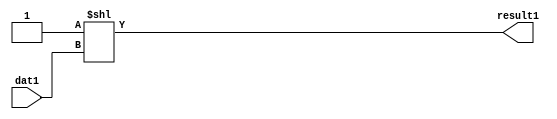
`timescale 1ns / 1ps
//////////////////////////////////////////////////////////////////////////////////
// Company: 
// Engineer: 
// 
// Design Name: 
// Module Name: Binary_to_onehot
// Project Name: 
// Target Devices: 
// Tool Versions: 
// Description: 
// 
// Dependencies: 
// 
// Revision:
// Revision 0.01 - File Created
// Additional Comments:
// 
//////////////////////////////////////////////////////////////////////////////////


module Binary_to_onehot(dat1 , result1);
parameter wid=4;
parameter result_wid= 16;
input [wid-1:0] dat1;
output [result_wid -1:0] result1;
assign result1 = 1'b1<<dat1 ;
endmodule